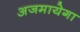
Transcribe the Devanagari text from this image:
अजमायेगा